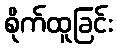
စိုက်ထူခြင်း